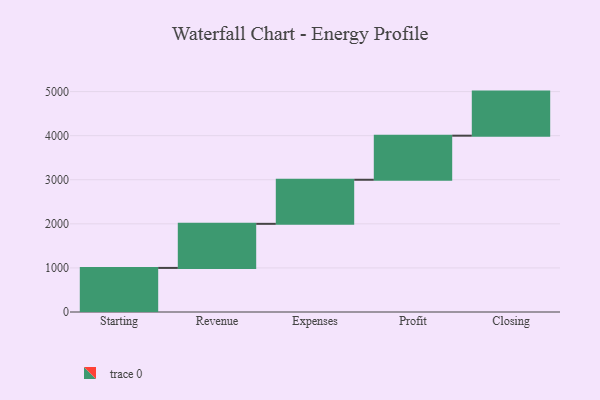
{"axis": {"x": "Step", "y": "Value"}, "legend": [""], "data": [{"x": "Starting", "y": 1000, "type": ""}, {"x": "Revenue", "y": 1000, "type": ""}, {"x": "Expenses", "y": 1000, "type": ""}, {"x": "Profit", "y": 1000, "type": ""}, {"x": "Closing", "y": 1000, "type": ""}]}